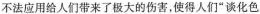
不法应用给人们带来了极大的伤害，使得人们”谈化色